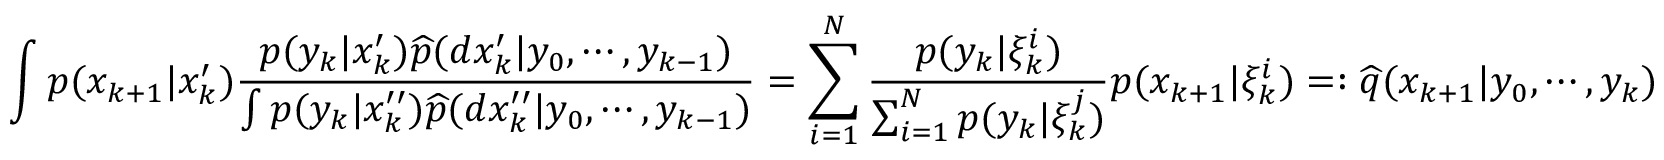
\int p ( x _ { k + 1 } | x _ { k } ^ { \prime } ) { \frac { p ( y _ { k } | x _ { k } ^ { \prime } ) { \widehat { p } } ( d x _ { k } ^ { \prime } | y _ { 0 } , \cdots , y _ { k - 1 } ) } { \int p ( y _ { k } | x _ { k } ^ { \prime \prime } ) { \widehat { p } } ( d x _ { k } ^ { \prime \prime } | y _ { 0 } , \cdots , y _ { k - 1 } ) } } = \sum _ { i = 1 } ^ { N } { \frac { p ( y _ { k } | \xi _ { k } ^ { i } ) } { \sum _ { i = 1 } ^ { N } p ( y _ { k } | \xi _ { k } ^ { j } ) } } p ( x _ { k + 1 } | \xi _ { k } ^ { i } ) = : { \widehat { q } } ( x _ { k + 1 } | y _ { 0 } , \cdots , y _ { k } )